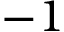
- 1